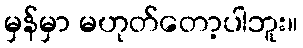
မှန်မှာ မဟုတ်တော့ပါဘူး။